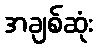
အချစ်ဆုံး